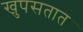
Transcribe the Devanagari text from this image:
खुपसतात